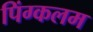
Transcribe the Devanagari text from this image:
पिंग्कलम